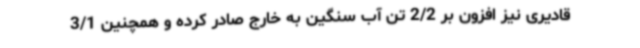
قادیری نیز افزون بر 2/2 تن آب سنگین به خارج صادر کرده و همچنین 3/1